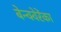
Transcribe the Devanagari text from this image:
बेन्क्वेरेंका